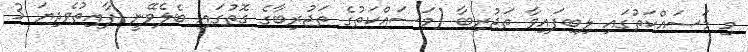
މި މަސައްކަތުގައި ލިބިފައިވާ ތަޖުރިބާ (މަސައްކަތުގެ ތަޖުރިބާގެ ގޮތުގައި ބެލެވޭނީ ފާއިތުވެދިޔަ 3